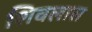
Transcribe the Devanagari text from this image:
शिवलास